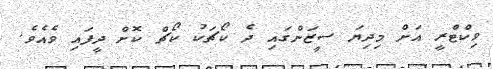
ވިކްޓްރީ އަށް މިދިޔަ ސީޒަންގައި ދެ ކޯޗަކު ކޯޗް ކޮށް ދީފައި ވެއެވެ.